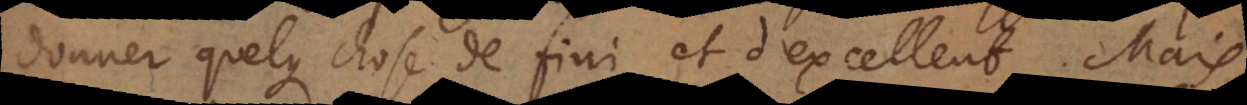
donner quelque chose de fini et d’excellent. Mais